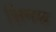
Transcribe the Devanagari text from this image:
सिनक